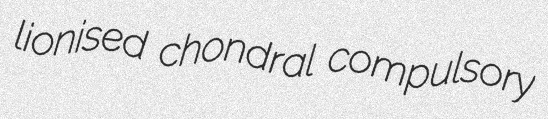
lionised chondral compulsory